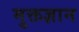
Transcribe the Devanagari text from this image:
मुक्तज्ञान